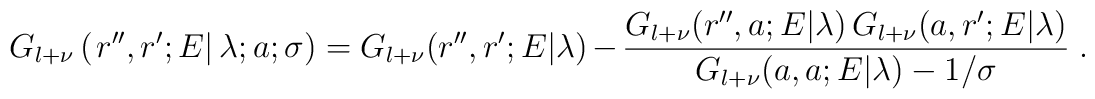
G_{l+\nu} \left(\left. r'', r' ; E  \right| \lambda; a; \sigma\right)=G_{l+\nu} (r'', r' ; E| \lambda) -\frac{ G_{l+\nu} (r'', a ; E| \lambda)\, G_{l+\nu} ( a, r' ; E| \lambda)}{G_{l+\nu}(a,a;E|\lambda) - 1/\sigma }\;  .